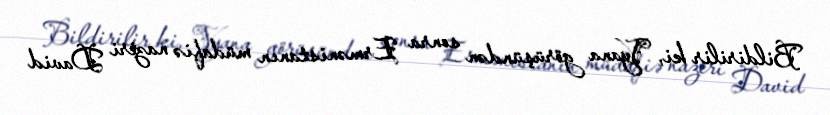
Bildirilir ki, Vyana görüşündən sonra Ermənistanın müdafiə naziri David